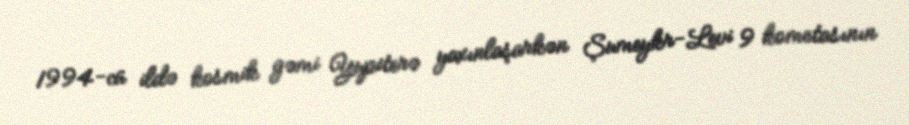
1994-cü ildə kosmik gəmi Yupiterə yaxınlaşarkən Şumeykr-Levi 9 kometasının